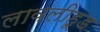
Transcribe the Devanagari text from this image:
लावलीहूड